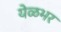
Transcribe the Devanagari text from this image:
येळभर